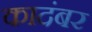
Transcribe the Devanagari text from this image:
कादंबर